画像に写った文字を読んでください
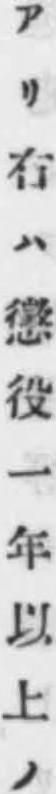
「アリ右ハ懲役一年以上ノ」と書いてあります